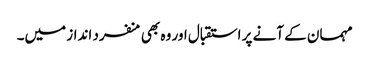
مہمان کے آنے پر استقبال اور وہ بھی منفرد انداز میں۔